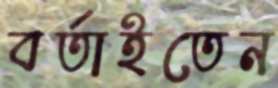
বর্তাইতেন